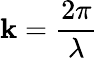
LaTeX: \mathbf{k}={\frac{{2\pi}}{{\lambda}}}